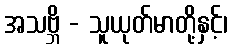
အသဗ္ဘိ - သူယုတ်မာတို့နှင့်၊